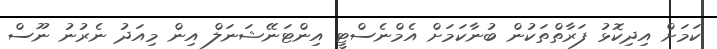
ކަމަށް އިދިކޮޅު ފަރާތްތަކުން ބުނާކަމަށް އެމްނެސްޓީ އިންޓަނޭޝަނަލް އިން މިއަދު ނެރުނު ނޫސް